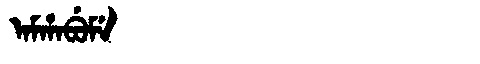
Manchu: ᠠᠮᡥᠠᠪᡠᠮᡝ
Romanization: AMHABUME